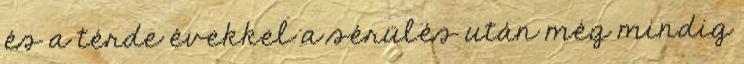
és a térde évekkel a sérülés után még mindig